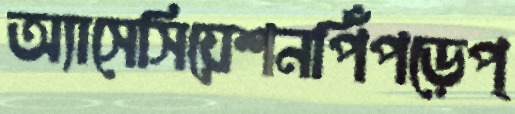
অ্যাসেসিয়েশনপিঁপড়েপ্